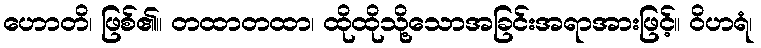
ဟောတိ၊ ဖြစ်၏။ တထာတထာ၊ ထိုထိုသို့သောအခြင်းအရာအားဖြင့်။ ဝိဟရံ၊